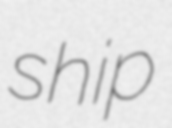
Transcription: ship